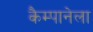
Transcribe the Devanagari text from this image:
कैम्पानेला